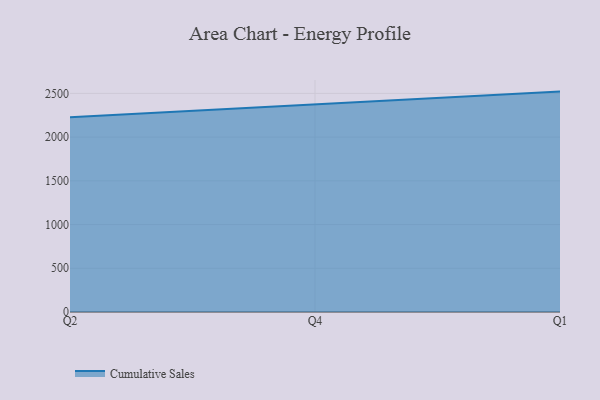
{"axis": {"x": "Quarter", "y": "Waste Production (Tons)"}, "legend": ["Cumulative Sales"], "data": [{"x": "Q2", "y": 2225.9, "type": "Cumulative Sales"}, {"x": "Q4", "y": 2371.4, "type": "Cumulative Sales"}, {"x": "Q1", "y": 2520.4, "type": "Cumulative Sales"}]}